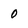
Character: 0